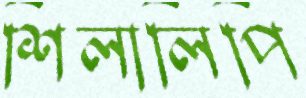
শিলালিপি